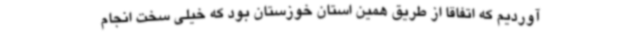
آوردیم که اتفاقا از طریق همین استان خوزستان بود که خیلی سخت انجام